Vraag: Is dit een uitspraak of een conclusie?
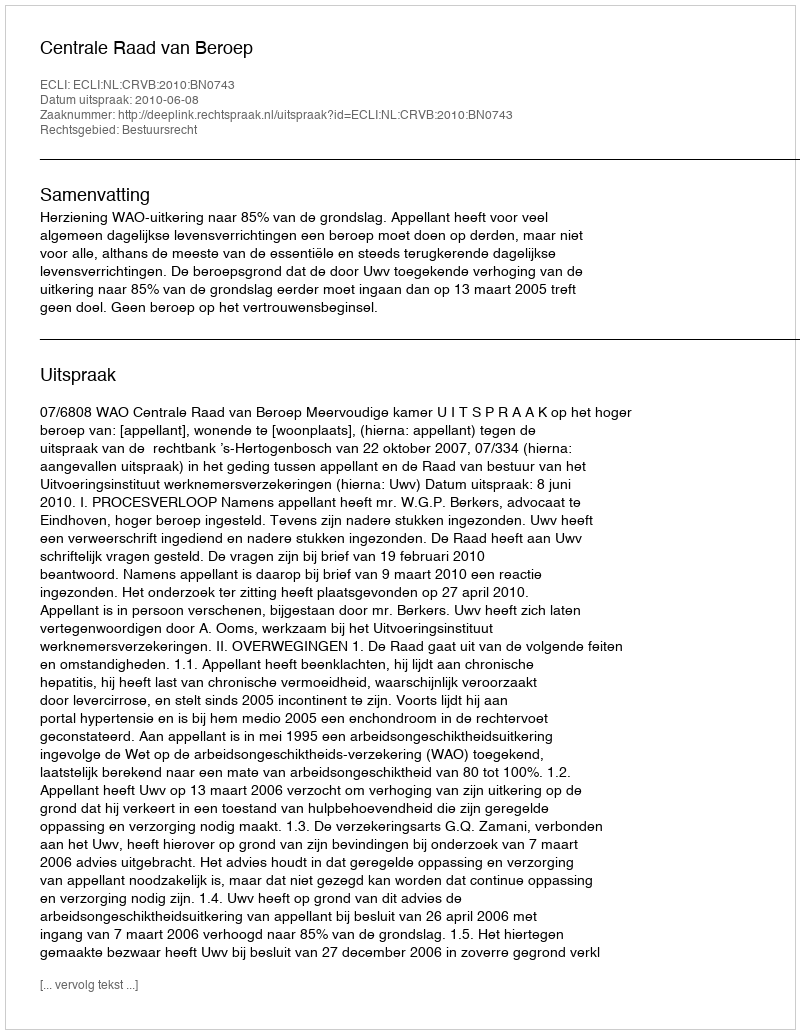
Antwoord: Uitspraak